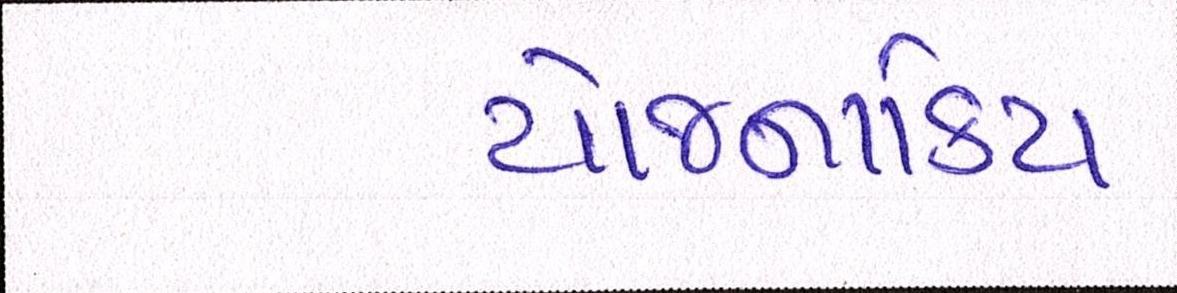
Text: યોજનાકિય